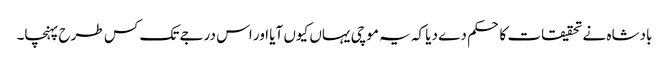
بادشاہ نے تحقیقات کا حکم دے دیا کہ یہ موچی یہاں کیوں آیا اور اس درجے تک کس طرح پہنچا۔